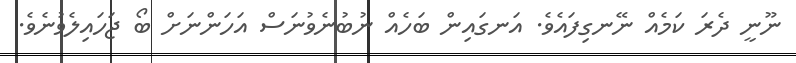
ނޫނީ ދެރަ ކަމެއް ނޭނގިފައެވެ. އަނގައިން ބަހެއް ނުބުނެވުނަސް އަހަންނަށް ބޯ ޖަހައިލެވުނެވެ.